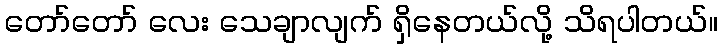
တော်တော် လေး သေချာလျက် ရှိနေတယ်လို့ သိရပါတယ်။